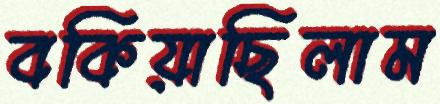
বকিয়াছিলাম